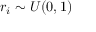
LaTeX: r _ { i } \sim U ( 0 , 1 )